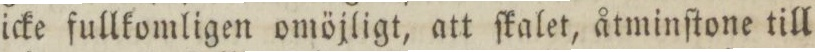
icke fullkomligen omöjligt, att ſkalet, åtminſtone till